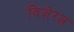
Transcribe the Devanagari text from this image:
विजेरत्न